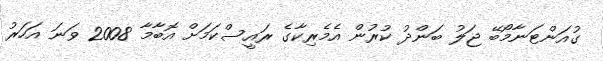
ގުއަންޓަނާމޯބޭ ޖަލު ބަންދު ކުރުން އެމެރިކާގެ ރައީސްކަމަށް އޮބާމާ 2008 ވަނަ އަހަރު